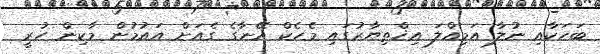
ބަހަކާއި ނުލާ އަމިއްލަ އިޚްތިޔާރުގައި މެހެކް އޭނާގެ ގެއަށް އައުމުން މާކިން ހުރީ